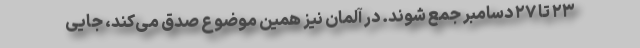
۲۳ تا ۲۷ دسامبر جمع شوند. در آلمان نیز همین موضوع صدق می‌کند، جایی